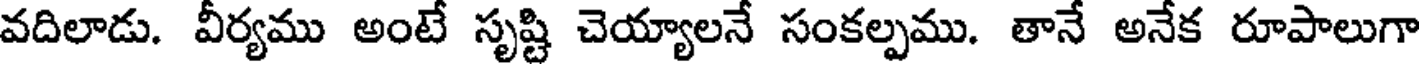
వదిలాడు. వీర్యము అంటే సృష్టి చెయ్యాలనే సంకల్పము. తానే అనేక రూపాలుగా